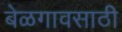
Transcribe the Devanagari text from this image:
बेळगावसाठी